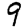
Digit: 9